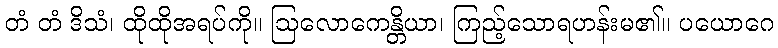
တံ တံ ဒိသံ၊ ထိုထိုအရပ်ကို။ ဩလောကေန္တိယာ၊ ကြည့်သောရဟန်းမ၏။ ပယောဂေ